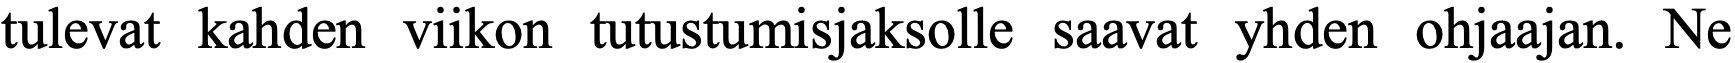
tulevat kahden viikon tutustumisjaksolle saavat yhden ohjaajan. Ne